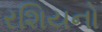
રશિયનો